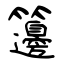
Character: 籩